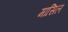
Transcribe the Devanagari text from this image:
मासिल